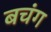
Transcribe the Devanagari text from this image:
बचंग